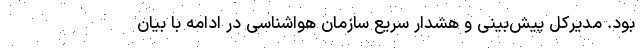
بود. مدیرکل پیش‌بینی و هشدار سریع سازمان هواشناسی در ادامه با بیان